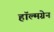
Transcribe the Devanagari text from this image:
हॉल्मग्रेन